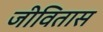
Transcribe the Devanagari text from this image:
जीवितास